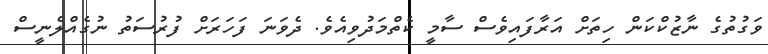
ވަގުތުގެ ނާޒުކްކަން ހިތަށް އަރާފައިވެސް ސާމީ ކެތްމަދުވިއެވެ. ދެވަނަ ފަހަރަށް ފުރުސަތު ނުގެއްލެނީސް